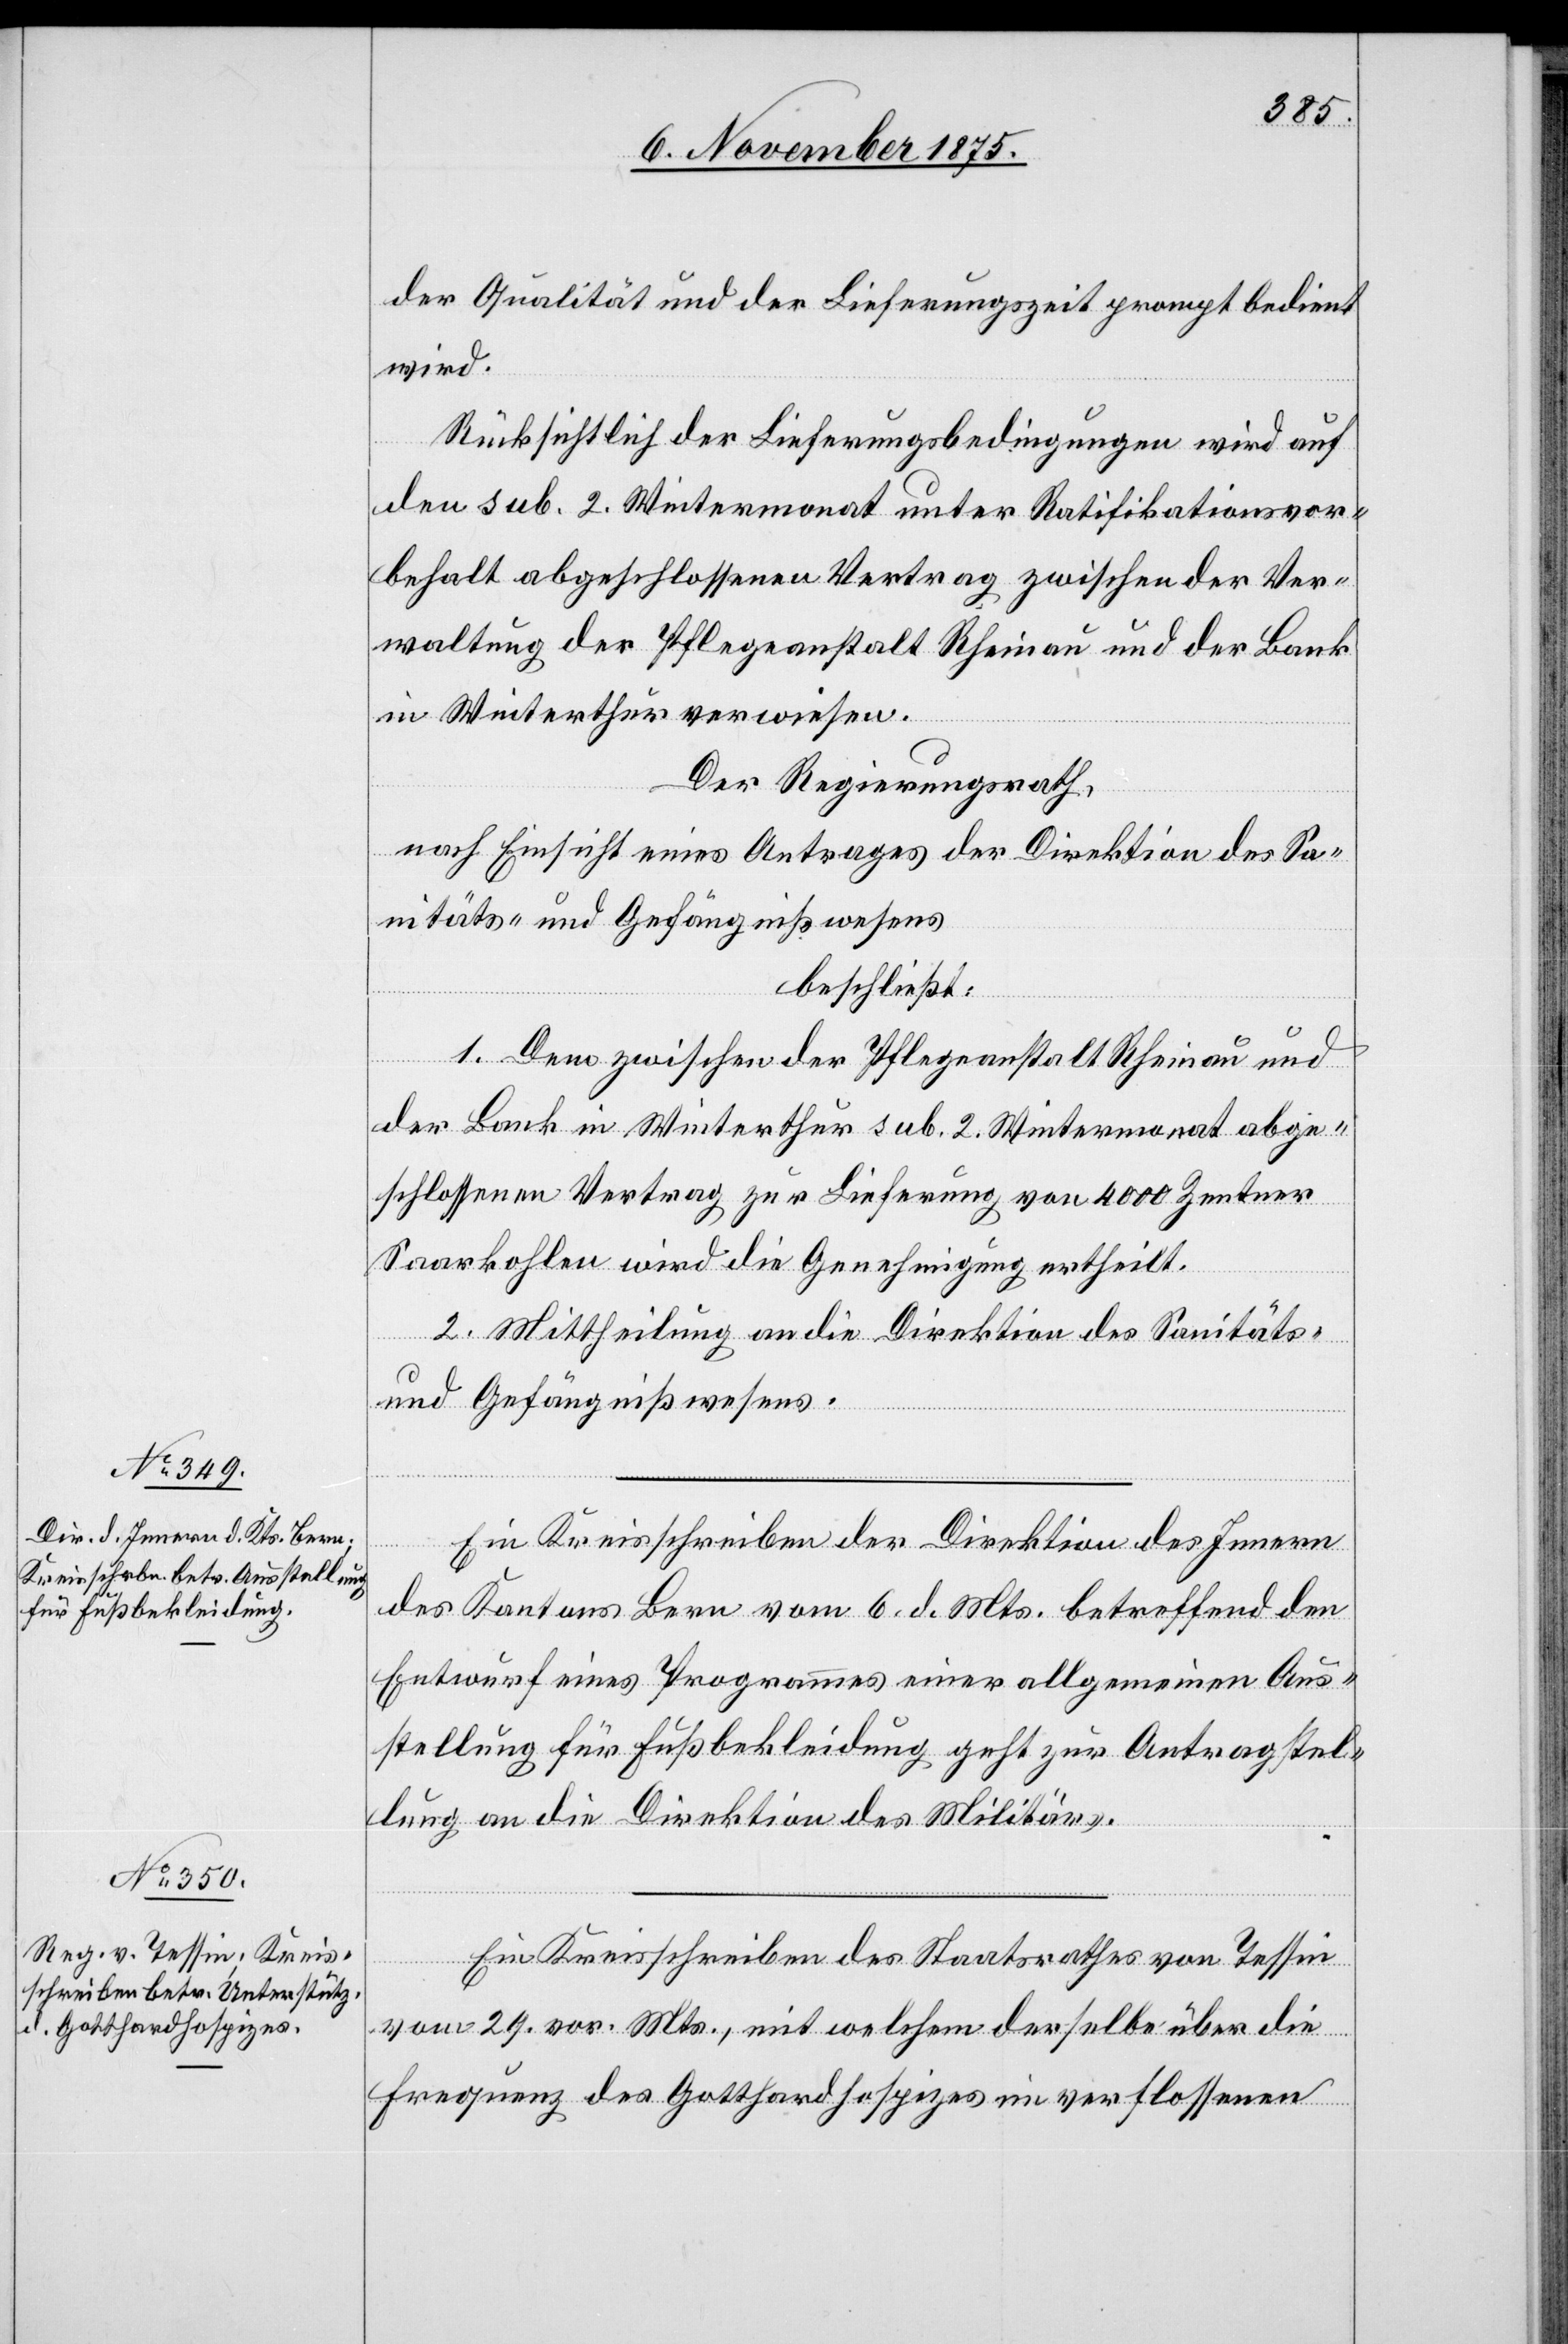
8. November 1875.]
der Qualität und der Lieferungszeit prompt bedient
wird.
Rücksichtlich der Lieferungsbedingungen wird auf
den sub. 2. Wintermonat unter Ratifikationsvor¬
behalt abgeschlossenen Vertrag zwischen der Ver¬
waltung der Pflegeanstalt Rheinau und der Bank
in Winterthur verwiesen.
Der Regierungsrath,
nach Einsicht eines Antrages der Direktion des Sa¬
nitäts- und Gefängnißwesens
beschließt:
1. Dem zwischen der Pflegeanstalt Rheinau und
der Bank in Winterthur sub. 2. Wintermonat abge¬
schlossenen Vertrag zur Lieferung von 4000 Zentner
Saarkohlen wird die Genehmigung ertheilt.
2. Mittheilung an die Direktion des Sanitäts-
und Gefängnißwesens.
Ein Kreisschreiben der Direktion des Innern
des Kantons Bern vom 6. d. Mts. betreffend den
Entwurf eines Programmes einer allgemeinen Aus¬
stellung für Fußbekleidung geht zur Antragstel¬
lung an die Direktion des Militärs.
Ein Kreisschreiben des Staatsrathes von Tessin
vom 29. vor. Mts., mit welchem derselbe über die
Frequenz des Gotthardhospizes im verflossenen